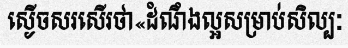
ស្ងើចសរសើរថា«ដំណឹងល្អសម្រាប់សិល្បៈ